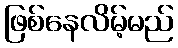
ဖြစ်နေလိမ့်မည်